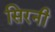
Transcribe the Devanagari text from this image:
सिरनी